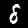
Label: 8